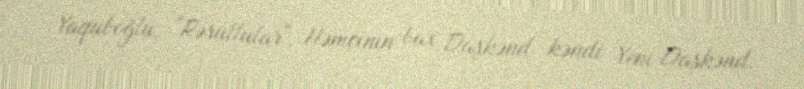
Yaquboğlu, "Rəsullular", Həmçinin bax Daşkənd kəndi Yeni Daşkənd.